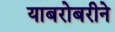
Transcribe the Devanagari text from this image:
याबरोबरीने